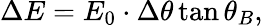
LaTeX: \Delta E=E_{0}\cdot\Delta\theta\tan\theta_{B},